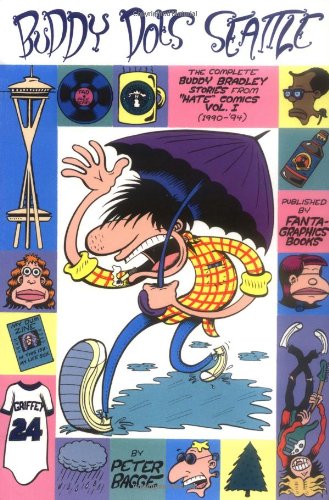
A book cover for Buddy Does Seattle: The Complete Buddy Bradley Stories from "Hate" Comics (1990-1994) (Vol. 1)  (Hate); Peter Bagge; Comics & Graphic Novels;